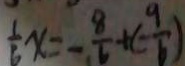
\frac { 1 } { 6 } x = - \frac { 8 } { 6 } + ( - \frac { 9 } { 6 } )